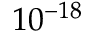
1 0 ^ { - 1 8 }